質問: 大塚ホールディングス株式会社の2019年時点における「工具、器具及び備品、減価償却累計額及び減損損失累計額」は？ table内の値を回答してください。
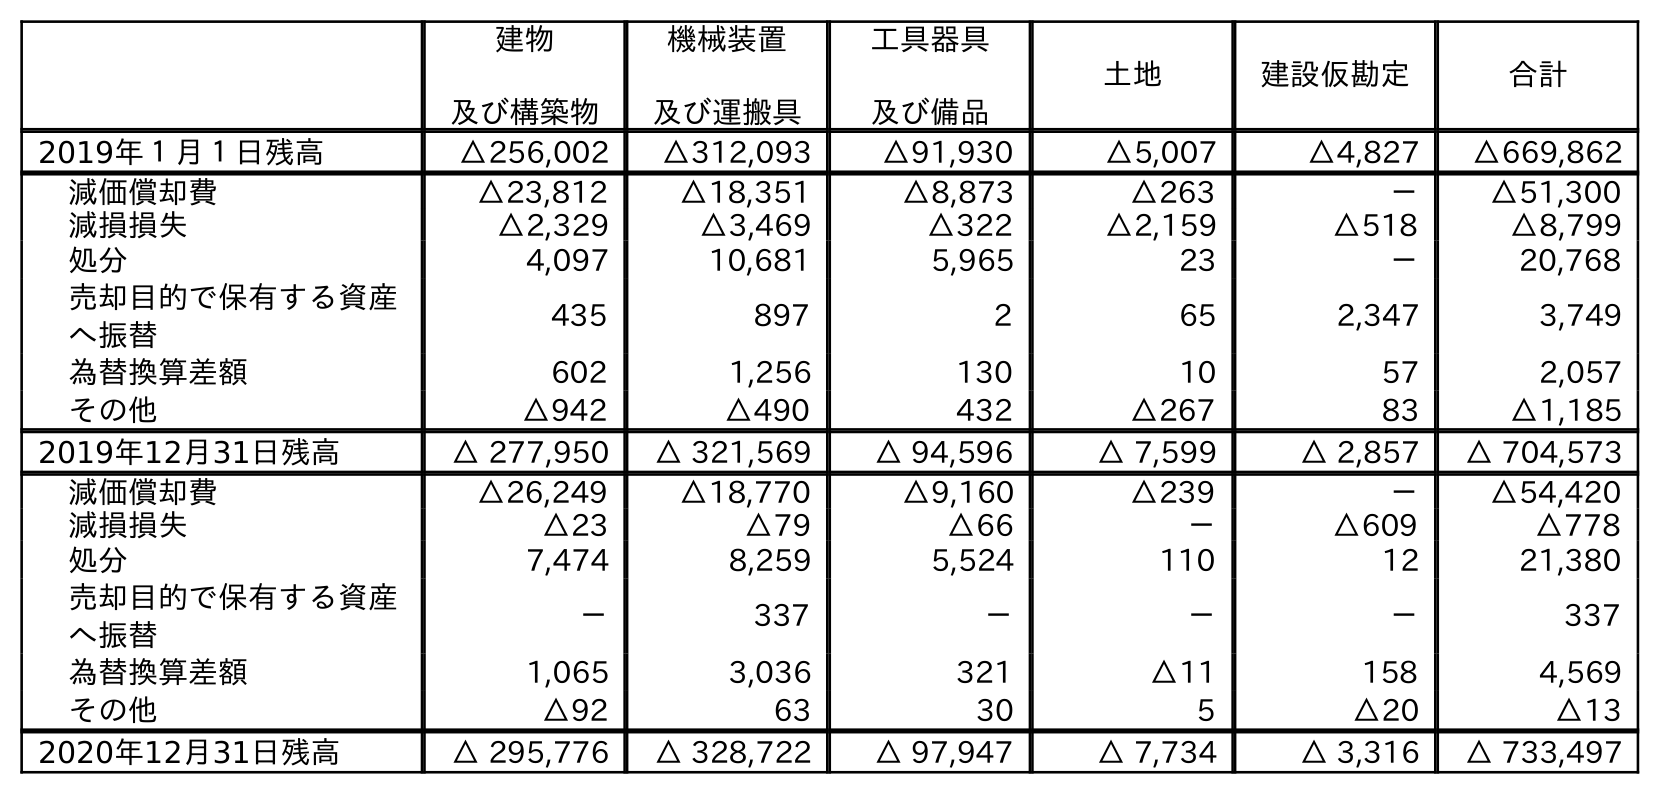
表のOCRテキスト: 建物 及び構築物 機械装置 及び運搬具 工具器具 及び備品 土地 建設仮勘定 合計 2019年１月１日残高 △256,002 △312,093 △91,930 △5,007 △4,827 △669,862 減価償却費 △23,812 △18,351 △8,873 △263 － △51,300 減損損失 △2,329 △3,469 △322 △2,159 △518 △8,799 処分 4,097 10,681 5,965 23 － 20,768 売却目的で保有する資産 へ振替 435 897 2 65 2,347 3,749 為替換算差額 602 1,256 130 10 57 2,057 その他 △942 △490 432 △267 83 △1,185 2019年12月31日残高 △ 277,950 △ 321,569 △ 94,596 △ 7,599 △ 2,857 △ 704,573 減価償却費 △26,249 △18,770 △9,160 △239 － △54,420 減損損失 △23 △79 △66 － △609 △778 処分 7,474 8,259 5,524 110 12 21,380 売却目的で保有する資産 へ振替 － 337 － － － 337 為替換算差額 1,065 3,036 321 △11 158 4,569 その他 △92 63 30 5 △20 △13 2020年12月31日残高 △ 295,776 △ 328,722 △ 97,947 △ 7,734 △ 3,316 △ 733,497
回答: △94,596